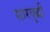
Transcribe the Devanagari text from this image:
सारवृद्धी